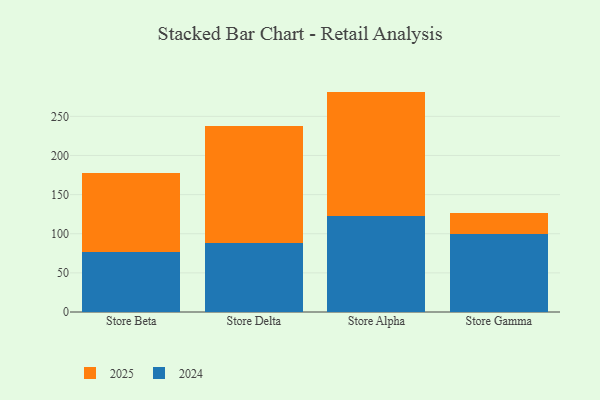
{"axis": {"x": "Store", "y": "Customer Acquisition Cost (USD)"}, "legend": ["2024", "2025"], "data": [{"x": "Store Beta", "y": 76.1, "type": "2024"}, {"x": "Store Beta", "y": 102.0, "type": "2025"}, {"x": "Store Delta", "y": 87.7, "type": "2024"}, {"x": "Store Delta", "y": 149.6, "type": "2025"}, {"x": "Store Alpha", "y": 122.1, "type": "2024"}, {"x": "Store Alpha", "y": 159.5, "type": "2025"}, {"x": "Store Gamma", "y": 100.1, "type": "2024"}, {"x": "Store Gamma", "y": 26.6, "type": "2025"}]}